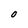
Character: O